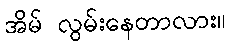
အိမ် လွမ်းနေတာလား။